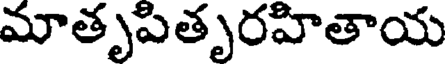
మాతృపితృరహితాయ